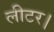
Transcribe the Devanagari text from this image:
लीटर।